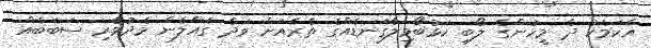
އެކަމަކު ދެ މީހުންގެ ލޯބި ކަޅުބޯވިލާގަނޑެއްގެ ތެރެއަށް ވަދެ ގެއްލެން މެދުވެރި ސަބަބެއް